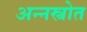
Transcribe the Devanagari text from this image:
अन्नस्त्रोत